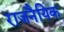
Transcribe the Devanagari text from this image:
राजनैयिक